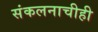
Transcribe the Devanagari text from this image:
संकलनाचीही